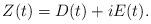
LaTeX: \begin{align*}Z(t)=D(t)+iE(t). \end{align*}